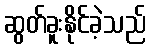
ဆွတ်ခူးနိုင်ခဲ့သည်